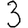
Digit: 3